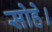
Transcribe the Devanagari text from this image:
सोहे।